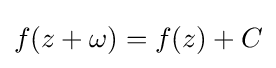
f(z+\omega )=f(z)+C